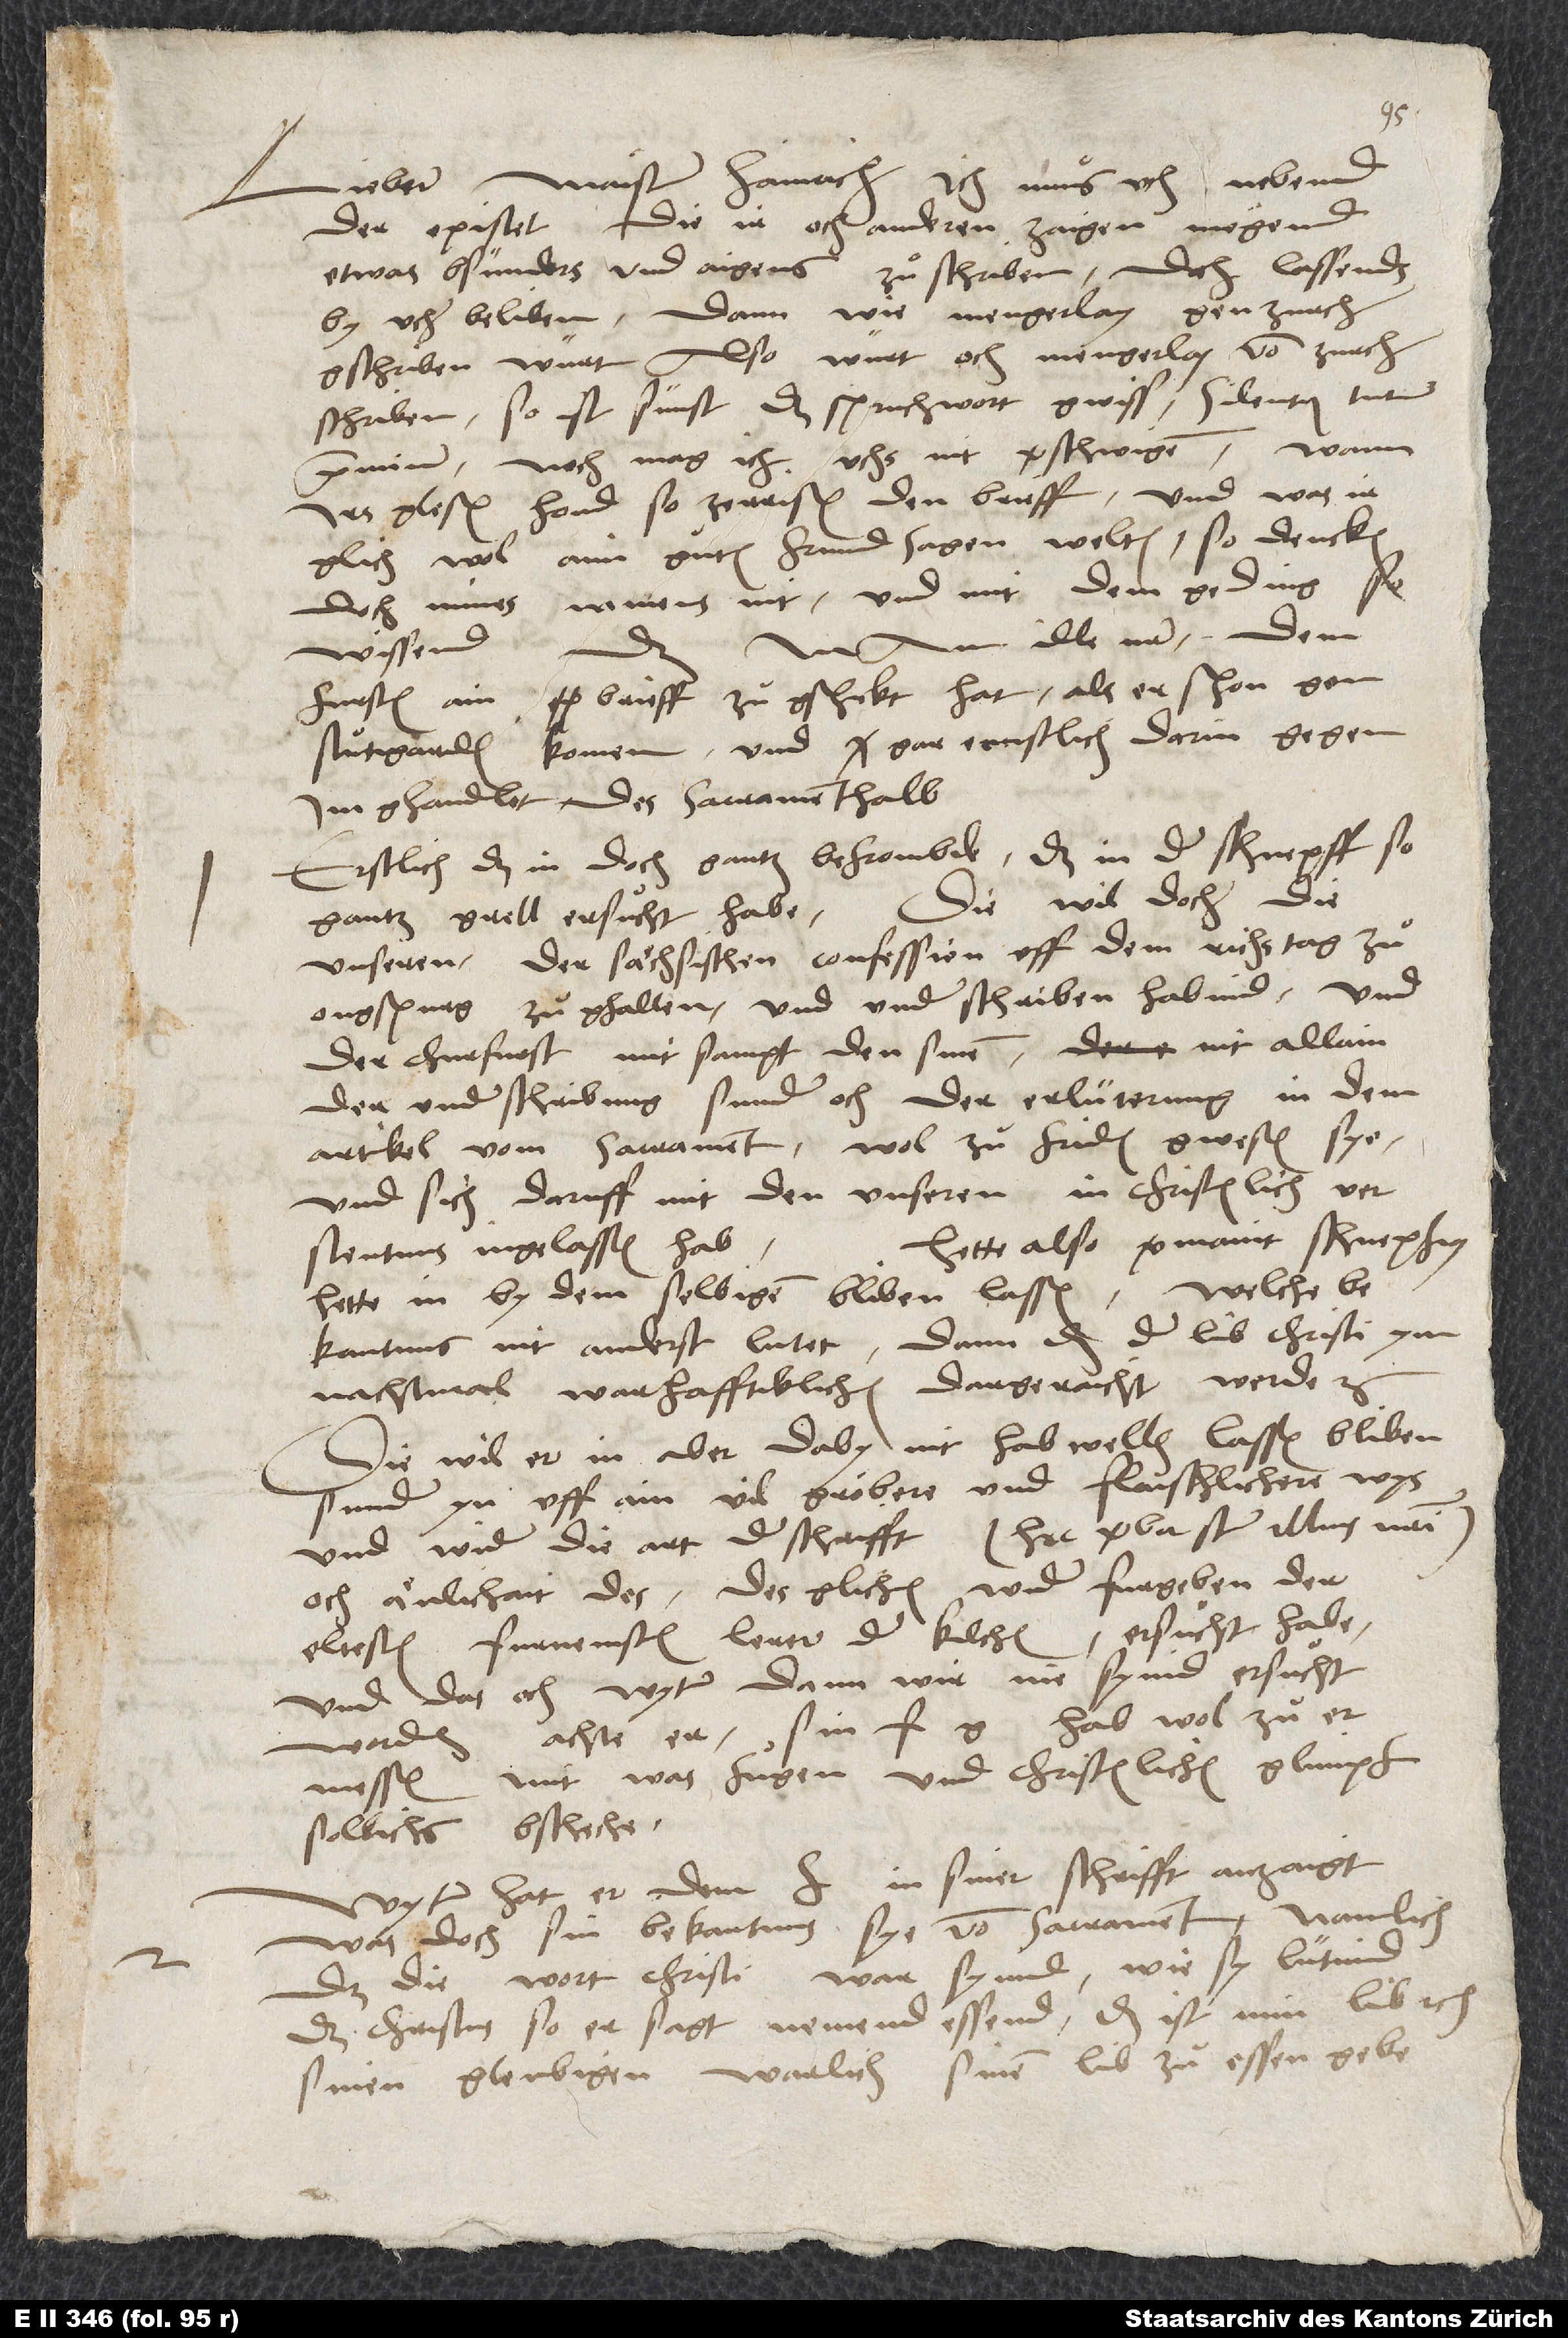
Lieber Maister Hainrich. Ich muͦs uch nebend
der epistel, die ir och anderen zaigen mögend,
etwas bsünders und aigens zuͦschriben; doch lassends
by uch beliben; dann wie mengerlay gen Zurch
gschriben würt, also würt och mengerlay von Zurch
schriben. So ist sünst das spruchwort gwiss: Silentium tutum
praemium. Noch mag ich uchs nit verschwigen. Wann
irs glesen hond, so zerrisend den brieff, und was ir
glich wol aim guͦten frund sagen weltend, so denckend
doch mines namens nit. Und mit dem geding so
fursten ain brieff zuͦgschikt hat, als er schon gen
Stuͦtgarden komen, und gar ernstlich darin gegen
im ghandlet des sacrament halb.
Erstlich, das in doch gantz befrombde, das in der Schnepff so
gantz grell ersuͦcht habe, diewil doch die
unseren der sächsischen confession uff dem richstag zuͦ
Ougspurg zuͦghalten und underschriben habind, und
der churfurst mit sampt den sinen nit allain
der underschribung, sunder och der erlüterung in dem
artikel vom sacrament wol zuͦfriden gwesen sye
und sich daruff mit den unseren in christenlich
Hette also vermaint, Schnepfius
verstentnus ingelassen hab.
hette in by dem selbigen bliben lassen, welche
bekantnus nit anderst lutet, dann das der lib Christi ym
nachtmal warhafftiklichen dargeraicht werde etc.
Diewil er in aber daby nit hab wellen lassen bliben,
sunder yn uff ain vil gröbere und flaischlichere wys
und wider die art der schrifft (hec verba sunt illius nostri),
ermessen, mit was fuͦgen und christenlichen glimpf
sollichs bscheche.
Wyter hat er dem f in siner schrifft anzaigt,
was doch sin bekantnus sye vom sacrament, namlich
das die wort Christi war syind, wie sy lütind,
das Christus, so er sagt: «Nemend, essend, das ist min lib» etc.,
sinen gleubigen warlich sinen lib zuͦ essen gebe